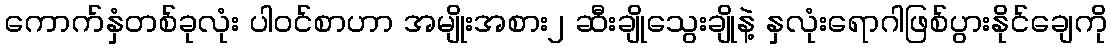
ကောက်နှံတစ်ခုလုံး ပါဝင်စာဟာ အမျိုးအစား၂ ဆီးချိုသွေးချိုနဲ့ နှလုံးရောဂါဖြစ်ပွားနိုင်ချေကို